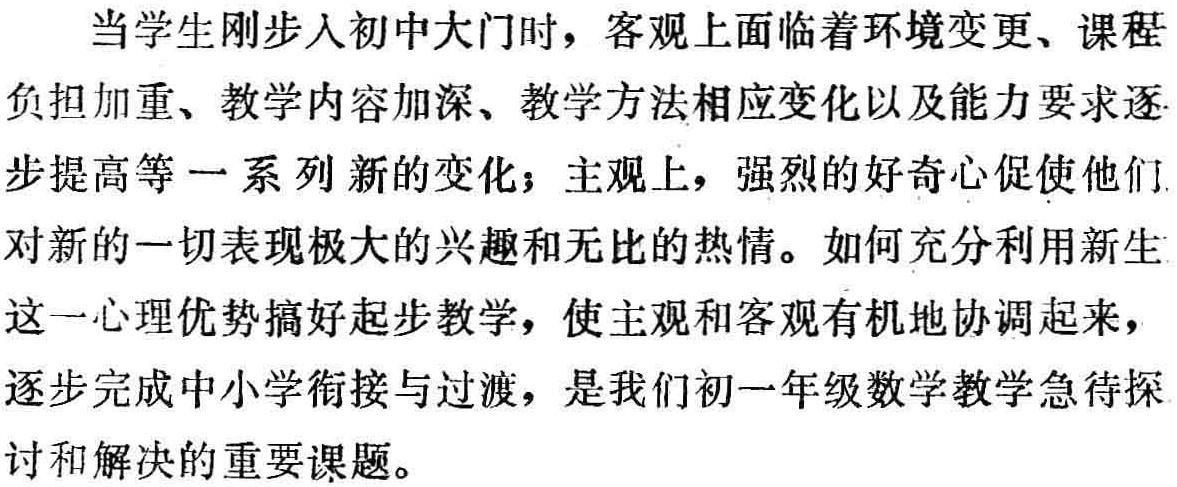
当学生刚步入初中大门时，客观上面临着环境变更、课程

负担加重、教学内容加深、教学方法相应变化以及能力要求逐

步提高等一系列新的变化；主观上，强烈的好奇心促使他们

对新的一切表现极大的兴趣和无比的热情。如何充分利用新生

这一心理优势搞好起步教学，使主观和客观有机地协调起来，

逐步完成中小学衔接与过渡，是我们初一年级数学教学急待探

讨和解决的重要课题。